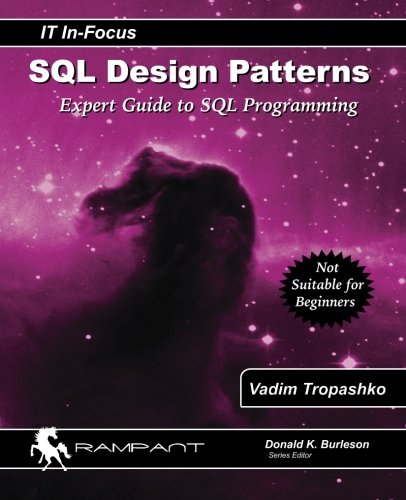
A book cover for SQL Design Patterns: Expert Guide to SQL Programming (IT In-Focus series) (Volume 4); Vadim Tropashko; Computers & Technology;